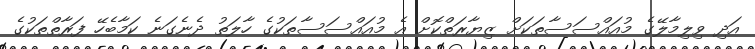
އަދި ވިލިމާލޭގެ މުއައްސަސާތަކަށް ޒިޔާރަތްކޮށް އެ މުއައްސަސާތަކުގެ ހާލަތު ދެނެގަނެ ކަމާބެހޭ ފަރާތްތަކުގެ